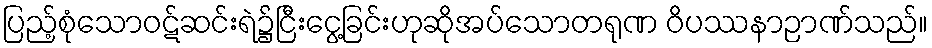
ပြည့်စုံသောဝဋ်ဆင်းရဲ၌ငြီးငွေ့ခြင်းဟုဆိုအပ်သောတရုဏ ဝိပဿနာဉာဏ်သည်။